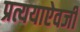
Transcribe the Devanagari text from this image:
प्रत्ययाऐवजी